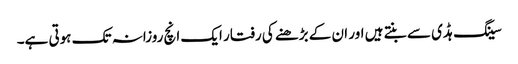
سینگ ہڈی سے بنتے ہیں اور ان کے بڑھنے کی رفتار ایک انچ روزانہ تک ہوتی ہے۔